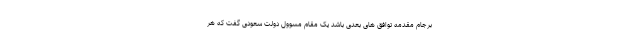
برجام مقدمه توافق های بعدی باشد یک مقام مسوول دولت سعودی گفت که هر